Madras plague regulations and rules - Volume 1
Disease focus: Plague
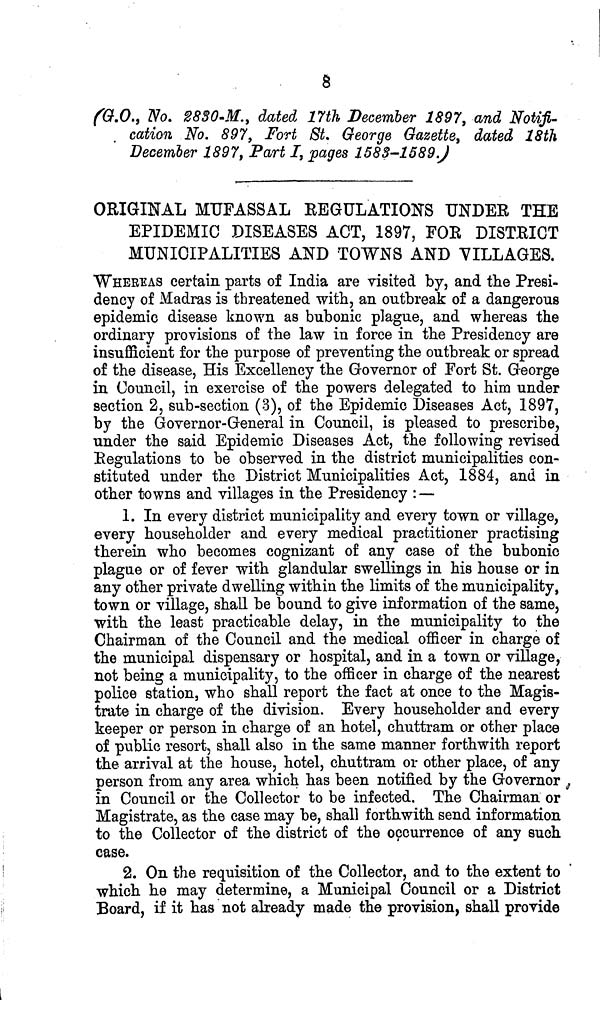
8
(G.O., No. 2830-M., dated 17th December 1897, and Notifi-
. cation No. 897, Fort St. George Gazette, dated 18th
December 1897, Part I, pages 1583-1589.)
ORIGINAL MUFASSAL REGULATIONS UNDER THE
EPIDEMIC DISEASES ACT, 1897, FOE DISTRICT
MUNICIPALITIES AND TOWNS AND VILLAGES.
WHEREAS certain parts of India are visited by, and the Presi-
dency of Madras is threatened with, an outbreak of a dangerous
epidemic disease known as bubonic plague, and whereas the
ordinary provisions of the law in force in the Presidency are
insufficient for the purpose of preventing the outbreak or spread
of the disease. His Excellency the Governor of Fort St. George
in Council, in exercise of the powers delegated to him under
section 2, sub-section (3), of the Epidemic Diseases Act, 1897,
by the Governor-General in Council, is pleased to prescribe,
under the said Epidemic Diseases Act, the following revised
Regulations to be observed in the district municipalities con-
stituted under the District Municipalities Act, 1884, and in
other towns and villages in the Presidency : —
1. In every district municipality and every town or village,
every householder and every medical practitioner practising
therein who becomes cognizant of any case of the bubonic
plague or of fever with glandular swellings in his house or in
any other private dwelling within the limits of the municipality,
town or village, shall be bound to give information of the same,
with the least practicable delay, in the municipality to the
Chairman of the Council and the medical officer in charge of
the municipal dispensary or hospital, and in a town or village,
not being a municipality, to the officer in charge of the nearest
police station, who shall report the fact at once to the Magis-
trate in charge of the division. Every householder and every
keeper or person in charge of an hotel, chuttram or other place
of public resort, shall also in the same manner forthwith report
the arrival at the house, hotel, chuttram or other place, of any
person from, any area which has been notified by the Governor
in Council or the Collector to be infected. The Chairman or
Magistrate, as the case may be, shall forthwith send information
to the Collector of the district of the occurrence of any such
case.
2. On the requisition of the Collector, and to the extent to
which he may determine, a Municipal Council or a District
Board, if it has not already made the provision, shall provide